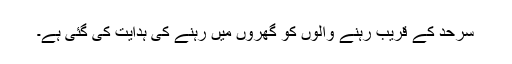
سرحد کے قریب رہنے والوں کو گھروں میں رہنے کی ہدایت کی گئی ہے۔